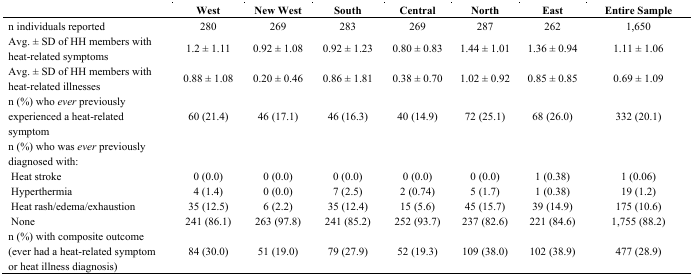
<table><thead><tr><td></td><td><b>West</b></td><td><b>New West</b></td><td><b>South</b></td><td><b>Central</b></td><td><b>North</b></td><td><b>East</b></td><td><b>Entire Sample</b></td></tr></thead><tbody><tr><td>n individuals reported</td><td>280</td><td>269</td><td>283</td><td>269</td><td>287</td><td>262</td><td>1,650</td></tr><tr><td>Avg. ± SD of HH members with heat-related symptoms </td><td>1.2 ± 1.11</td><td>0.92 ± 1.08</td><td>0.92 ± 1.23</td><td>0.80 ± 0.83</td><td>1.44 ± 1.01</td><td>1.36 ± 0.94</td><td>1.11 ± 1.06</td></tr><tr><td>Avg. ± SD of HH members with heat-related illnesses </td><td>0.88 ± 1.08</td><td>0.20 ± 0.46</td><td>0.86 ± 1.81</td><td>0.38 ± 0.70</td><td>1.02 ± 0.92</td><td>0.85 ± 0.85</td><td>0.69 ± 1.09</td></tr><tr><td>n (%) who <i>ever</i> previously experienced a heat-related symptom</td><td>60 (21.4)</td><td>46 (17.1)</td><td>46 (16.3)</td><td>40 (14.9)</td><td>72 (25.1)</td><td>68 (26.0)</td><td>332 (20.1)</td></tr><tr><td colspan="2">n (%) who was <i>ever</i> previously diagnosed with: </td><td></td><td></td><td></td><td></td><td></td><td></td></tr><tr><td> Heat stroke</td><td>0 (0.0)</td><td>0 (0.0)</td><td>0 (0.0)</td><td>0 (0.0)</td><td>0 (0.0)</td><td>1 (0.38)</td><td>1 (0.06)</td></tr><tr><td> Hyperthermia</td><td>4 (1.4)</td><td>0 (0.0)</td><td>7 (2.5)</td><td>2 (0.74)</td><td>5 (1.7)</td><td>1 (0.38)</td><td>19 (1.2)</td></tr><tr><td> Heat rash/edema/exhaustion</td><td>35 (12.5)</td><td>6 (2.2)</td><td>35 (12.4)</td><td>15 (5.6)</td><td>45 (15.7)</td><td>39 (14.9)</td><td>175 (10.6)</td></tr><tr><td> None</td><td>241 (86.1)</td><td>263 (97.8)</td><td>241 (85.2)</td><td>252 (93.7)</td><td>237 (82.6)</td><td>221 (84.6)</td><td>1,755 (88.2)</td></tr><tr><td>n (%) with composite outcome (ever had a heat-related symptom or heat illness diagnosis)</td><td>84 (30.0)</td><td>51 (19.0)</td><td>79 (27.9)</td><td>52 (19.3)</td><td>109 (38.0)</td><td>102 (38.9)</td><td>477 (28.9)</td></tr></tbody></table>